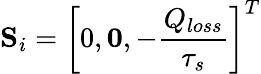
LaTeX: \textbf{S}_{i}=\left[0,\textbf{0},-\frac{Q_{loss}}{\tau_{s}}\right]^{T}